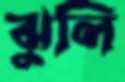
ঝুলি